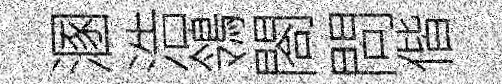
溷浩鴒閤問偕